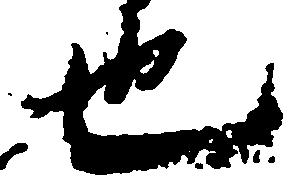
也